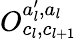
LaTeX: O_{c_{l},c_{l+1}}^{a_{l}^{\prime},a_{l}}